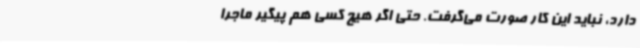
دارد، نباید این کار صورت می‌گرفت. حتی اگر هیچ کسی هم پیگیر ماجرا